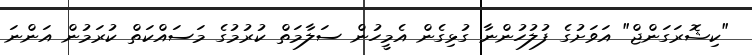
"ކިޝޮރަގަންޖް" އަވަށުގެ ފުލުހުންނާ ގުޅިގެން އެމީހުން ސަލާމަތް ކުރުމުގެ މަސައްކަތް ކުރަމުން އަންނަ